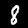
Label: 8